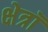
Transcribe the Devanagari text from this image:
क्षेत्रॉ